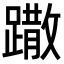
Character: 𨅖